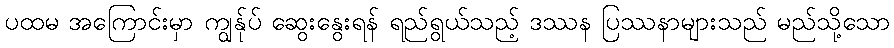
ပထမ အကြောင်းမှာ ကျွန်ုပ် ဆွေးနွေးရန် ရည်ရွယ်သည့် ဒဿန ပြဿနာများသည် မည်သို့သော